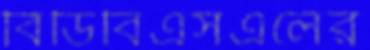
বিডিবিএসএলের